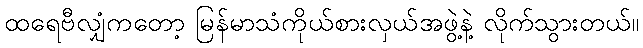
ထရေဗီလျှံကတော့ မြန်မာသံကိုယ်စားလှယ်အဖွဲ့နဲ့ လိုက်သွားတယ်။